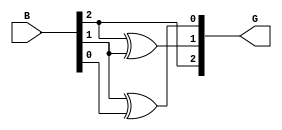
module gray_code_encoder #(parameter n = 3) (
    input  [n-1:0] B, // n-bit binary input
    output [n-1:0] G  // n-bit Gray code output
);

// Assign the most significant bit of Gray code the same as the binary input
assign G[n-1] = B[n-1];

// Generate the rest of the Gray code bits using XOR operations
genvar i;
generate
    for (i = n-2; i >= 0; i = i - 1) begin : gray_code_generation
        assign G[i] = B[i+1] ^ B[i];
    end
endgenerate

endmodule